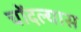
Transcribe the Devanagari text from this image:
चोंदल्यास